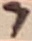
Text: 7